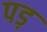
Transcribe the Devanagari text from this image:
पड़़